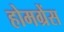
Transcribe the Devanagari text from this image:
होमग्रेंस